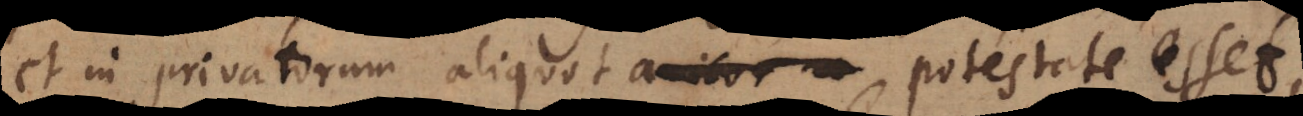
et in privatorum aliquot a_ potestate esset,